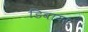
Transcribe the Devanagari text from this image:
डिबायस